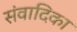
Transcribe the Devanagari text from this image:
संवादिका